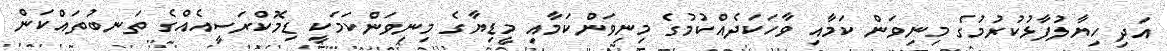
އަދި ހިޔާލުފާޅުކުރުމުގެ މިނިވަން ކަމާއި ވާހަކަދެއްކުމުގެ މިނިވަންކަމާއި މީޑިޔާގެ މިނިވަންކަމަކީ ޑިމޮކްރަސީއެއްގެ ތަނބުތައްކަން